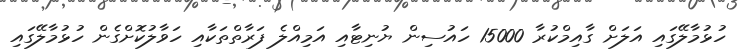
ހުޅުމާލޭގައި އަލަށް ގާއިމްކުރާ 15000 ހައުސިން ޔުނިޓާއި އަމިއްލެ ފަރާތްތަކާއި ހަވާލުކޮށްގެން ހުޅުމާލޭގައި